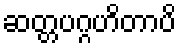
ဆတ္တပဂ္ဂဟိတာပိ